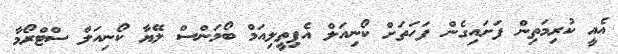
އެއީ ކުރިމަތިން ފަށައިގެން ފަހަތަށް ކޯނިއަލް އެޕިތީލިއަމް ބޯމަންސް ލޭޔާ ކޯނިއަލް ސްޓްރޯމާ